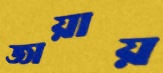
জায়ায়